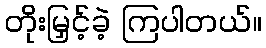
တိုးမြှင့်ခဲ့ ကြပါတယ်။